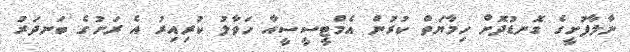
ނާލާފުށީގެ ގޮނޑުދޮށް ހިމާޔަތް ކުރުން އެމްޓީސީސީއާ ހަވާލު ކުރިއިރު އެ ރަށުގެ ބަނދަރު